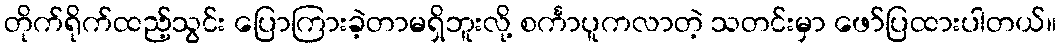
တိုက်ရိုက်ထည့်သွင်း ပြောကြားခဲ့တာမရှိဘူးလို့ စင်္ကာပူကလာတဲ့ သတင်းမှာ ဖော်ပြထားပါတယ်။